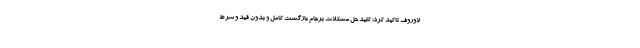
لاوروف تاکید کرد: کلید حل مشکلات برجام بازگشت کامل و بدون قید و شرط